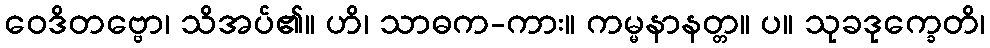
ဝေဒိတဗ္ဗော၊ သိအပ်၏။ ဟိ၊ သာဓက-ကား။ ကမ္မနာနတ္တ။ ပ။ သုခဒုက္ခေတိ၊